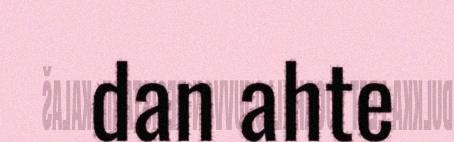
dan ahte